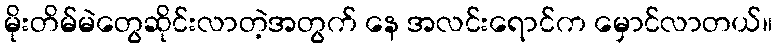
မိုးတိမ်မဲတွေဆိုင်းလာတဲ့အတွက် နေ အလင်းရောင်က မှောင်လာတယ်။